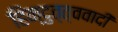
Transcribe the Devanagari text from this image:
हिन्दुत्त्ववादी